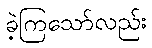
ခဲ့ကြသော်လည်း